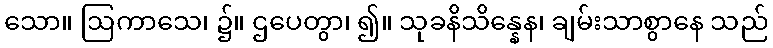
သော။ ဩကာသေ၊ ၌။ ဌပေတွာ၊ ၍။ သုခနိသိန္နေန၊ ချမ်းသာစွာနေ သည်